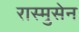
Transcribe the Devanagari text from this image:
रास्मुसेन